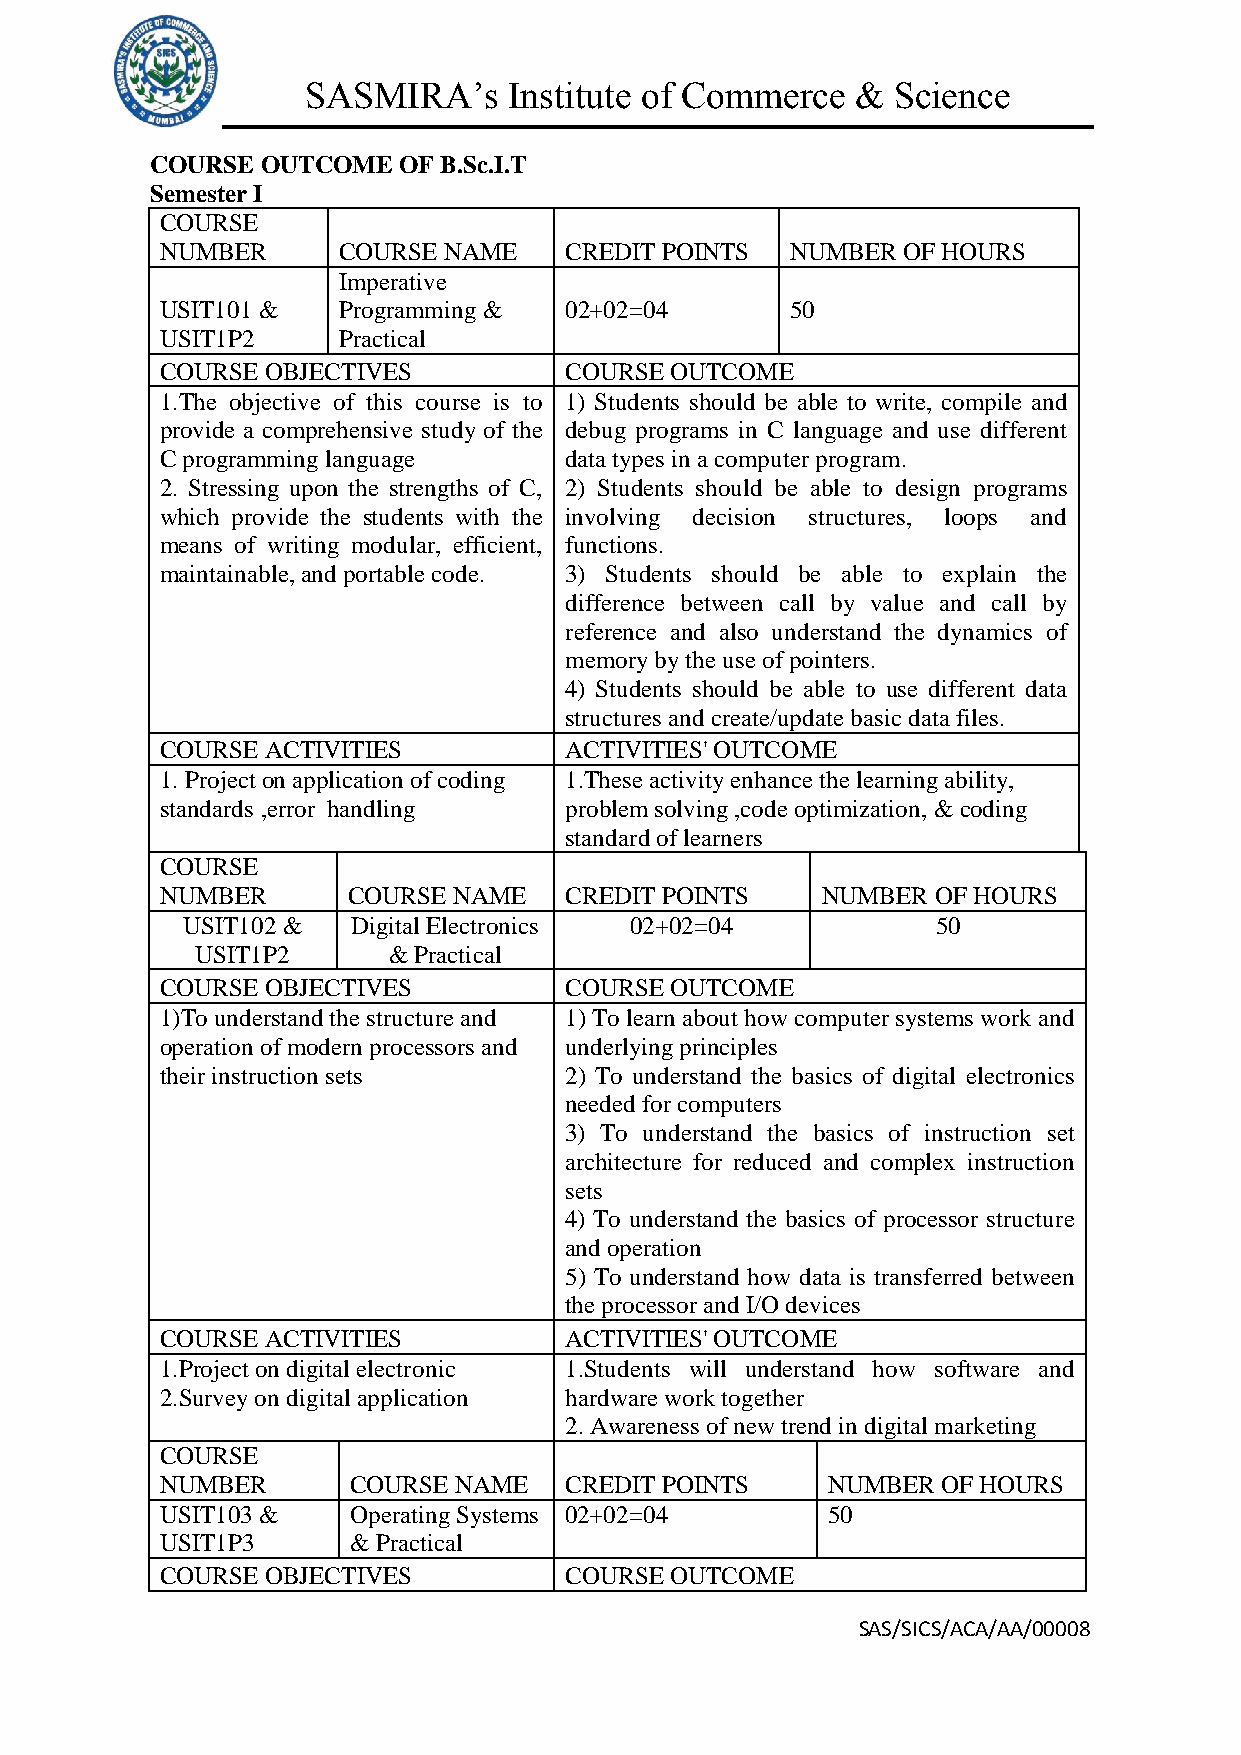
SASMIRA’s     Institute of Commerce  & Science
 COURSE OUTCOME  OF B.Sc.I.T
 Semester I
 COURSE
 NUMBER     COURSE NAME    CREDIT POINTS  NUMBER  OF HOURS
 Imperative
 USIT101 &  Programming &  02+02=04       50
 USIT1P2    Practical
 COURSE OBJECTIVES         COURSE OUTCOME
 1.The objective of this course is to 1) Students should be able to write, compile and
 provide a comprehensive study of the debug programs in C language and use different
 C programming language    data types in a computer program.
 2. Stressing upon the strengths of C, 2) Students should be able to design programs
 which provide the students with the involving decision structures, loops and
 means of writing modular, efficient, functions.
 maintainable, and portable code. 3) Students should be able to explain the
 difference between call by value and call by
 reference and also understand the dynamics of
 memory by the use of pointers.
 4) Students should be able to use different data
 structures and create/update basic data files.
 COURSE ACTIVITIES         ACTIVITIES' OUTCOME
 1. Project on application of coding 1.These activity enhance the learning ability,
 standards ,error handling problem solving ,code optimization, & coding
 standard of learners
 COURSE
 NUMBER      COURSE NAME   CREDIT POINTS    NUMBER  OF HOURS
 USIT102 &  Digital Electronics 02+02=04           50
 USIT1P2      & Practical
 COURSE OBJECTIVES         COURSE OUTCOME
 1)To understand the structure and 1) To learn about how computer systems work and
 operation of modern processors and underlying principles
 their instruction sets    2) To understand the basics of digital electronics
 needed for computers
 3) To understand the basics of instruction set
 architecture for reduced and complex instruction
 sets
 4) To understand the basics of processor structure
 and operation
 5) To understand how data is transferred between
 the processor and I/O devices
 COURSE ACTIVITIES         ACTIVITIES' OUTCOME
 1.Project on digital electronic 1.Students will understand how software and
 2.Survey on digital application hardware work together
 2. Awareness of new trend in digital marketing
 COURSE
 NUMBER      COURSE NAME   CREDIT POINTS     NUMBER OF HOURS
 USIT103 &   Operating Systems 02+02=04      50
 USIT1P3     & Practical
 COURSE OBJECTIVES         COURSE OUTCOME
 SAS/SICS/ACA/AA/00008